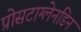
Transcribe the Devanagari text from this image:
प्रोसटाग्लेनडिन